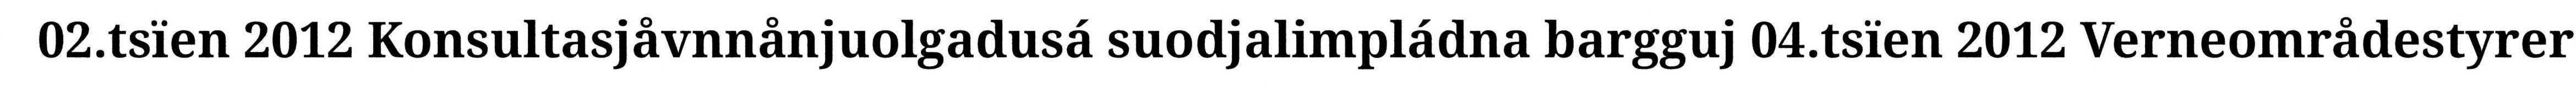
02.tsïen 2012 Konsultasjåvnnånjuolgadusá suodjalimpládna bargguj 04.tsïen 2012 Verneområdestyrer